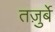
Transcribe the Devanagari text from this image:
तज़ुर्बे